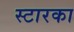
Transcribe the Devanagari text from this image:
स्टारका